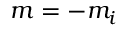
m = - m _ { i }